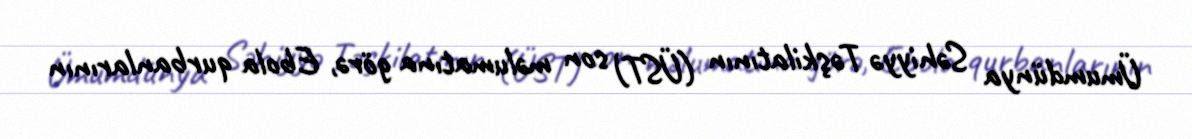
Ümumdünya Səhiyyə Təşkilatının (ÜST) son məlumatına görə, Ebola qurbanlarının